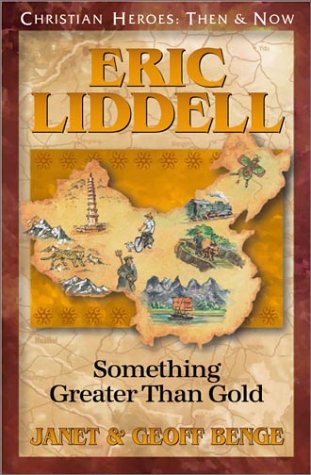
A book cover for Eric Liddell: Something Greater Than Gold (Christian Heroes: Then & Now); Janet Benge; Children's Books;